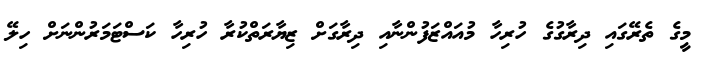
މީގެ ތެރޭގައި ދިރާގުގެ ހުރިހާ މުއައްޒަފުންނާއި ދިރާގަށް ޒިޔާރަތްކުރާ ހުރިހާ ކަސްޓަމަރުންނަށް ހިލޭ